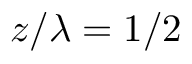
z / \lambda = 1 / 2